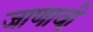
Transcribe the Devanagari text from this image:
जाणावी़